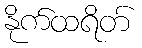
နိုက်ထရိတ်